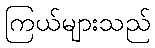
ကြယ်များသည်